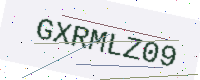
Text: GXRMLZ09